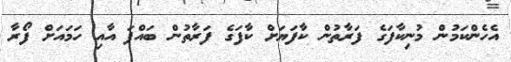
އެހެންކަމުން މުނިކާފަގެ ފަރާތުން ކާފަޔަށް ކާފަގެ ފަރާތުން ބައްޕަ އާއި ހަމައަށް ފޯރާ